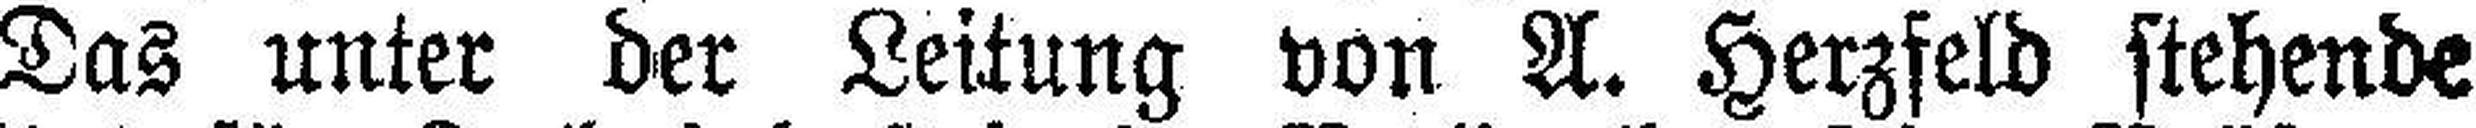
Das unter der Leitung von A. Herzfeld stehende